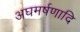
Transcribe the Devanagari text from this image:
अघमर्षणादि